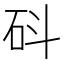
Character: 𥐿